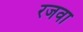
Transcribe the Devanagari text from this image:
रजवा